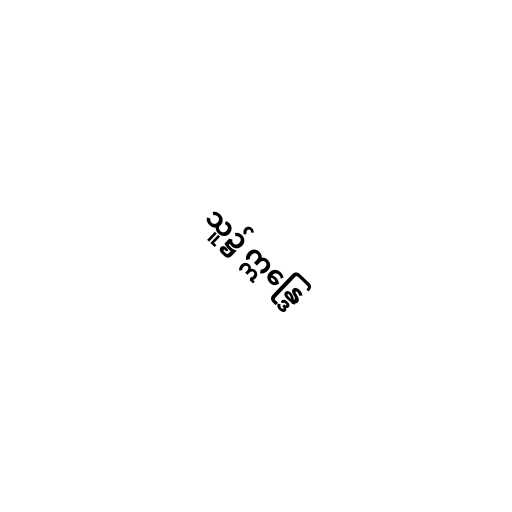
သူ၌ ဣန္ဒြေ